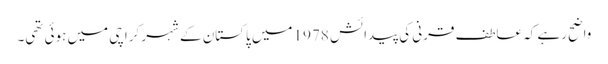
واضح رہے کہ عاطف قرنی کی پیدائش 1978 میں پاکستان کے شہر کراچی میں ہوئی تھی۔